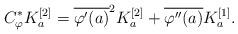
LaTeX: \begin{align*}C_\varphi^*K_a^{[2]}=\overline{\varphi'(a)}^2K_a^{[2]}+\overline{\varphi''(a)}K_a^{[1]}.\end{align*}